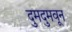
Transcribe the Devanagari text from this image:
दुमदुमवून